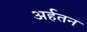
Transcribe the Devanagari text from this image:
अर्हतन